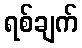
ရစ်ချက်